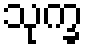
သုက္ခ